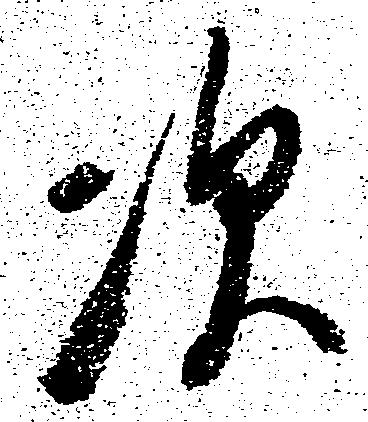
次